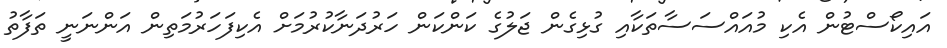
އައިކޯސްޓުން އެކި މުއައްސަސާތަކާއި ގުޅިގެން ޖަލުގެ ކަންކަން ހަރުދަނާކުރުމަށް އެކިފަހަރުމަތިން އަންނަނީ ތަފާތު